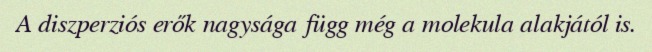
A diszperziós erők nagysága függ még a molekula alakjától is.